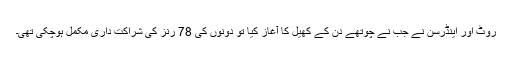
روٹ اور اینڈرسن نے جب نے چوتھے دن کے کھیل کا آغاز کیا تو دونوں کی 78 رنز کی شراکت داری مکمل ہوچکی تھی۔